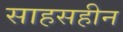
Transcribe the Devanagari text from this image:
साहसहीन